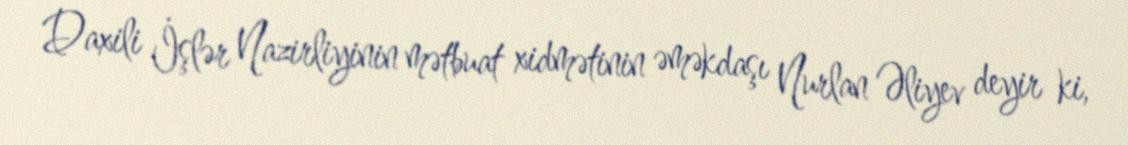
Daxili İşlər Nazirliyinin mətbuat xidmətinin əməkdaşı Nurlan Əliyev deyir ki,